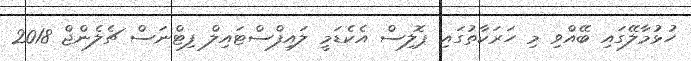
ހުޅުމާލޭގައި ބޭއްވި މި ހަރަކާތުގައި ޕޮލިސް އެކެޑަމީ ލައިފްސްޓައިލް ފިޓްނަސް ޗެލެންޖް 2018